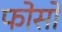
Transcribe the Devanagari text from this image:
फोसो